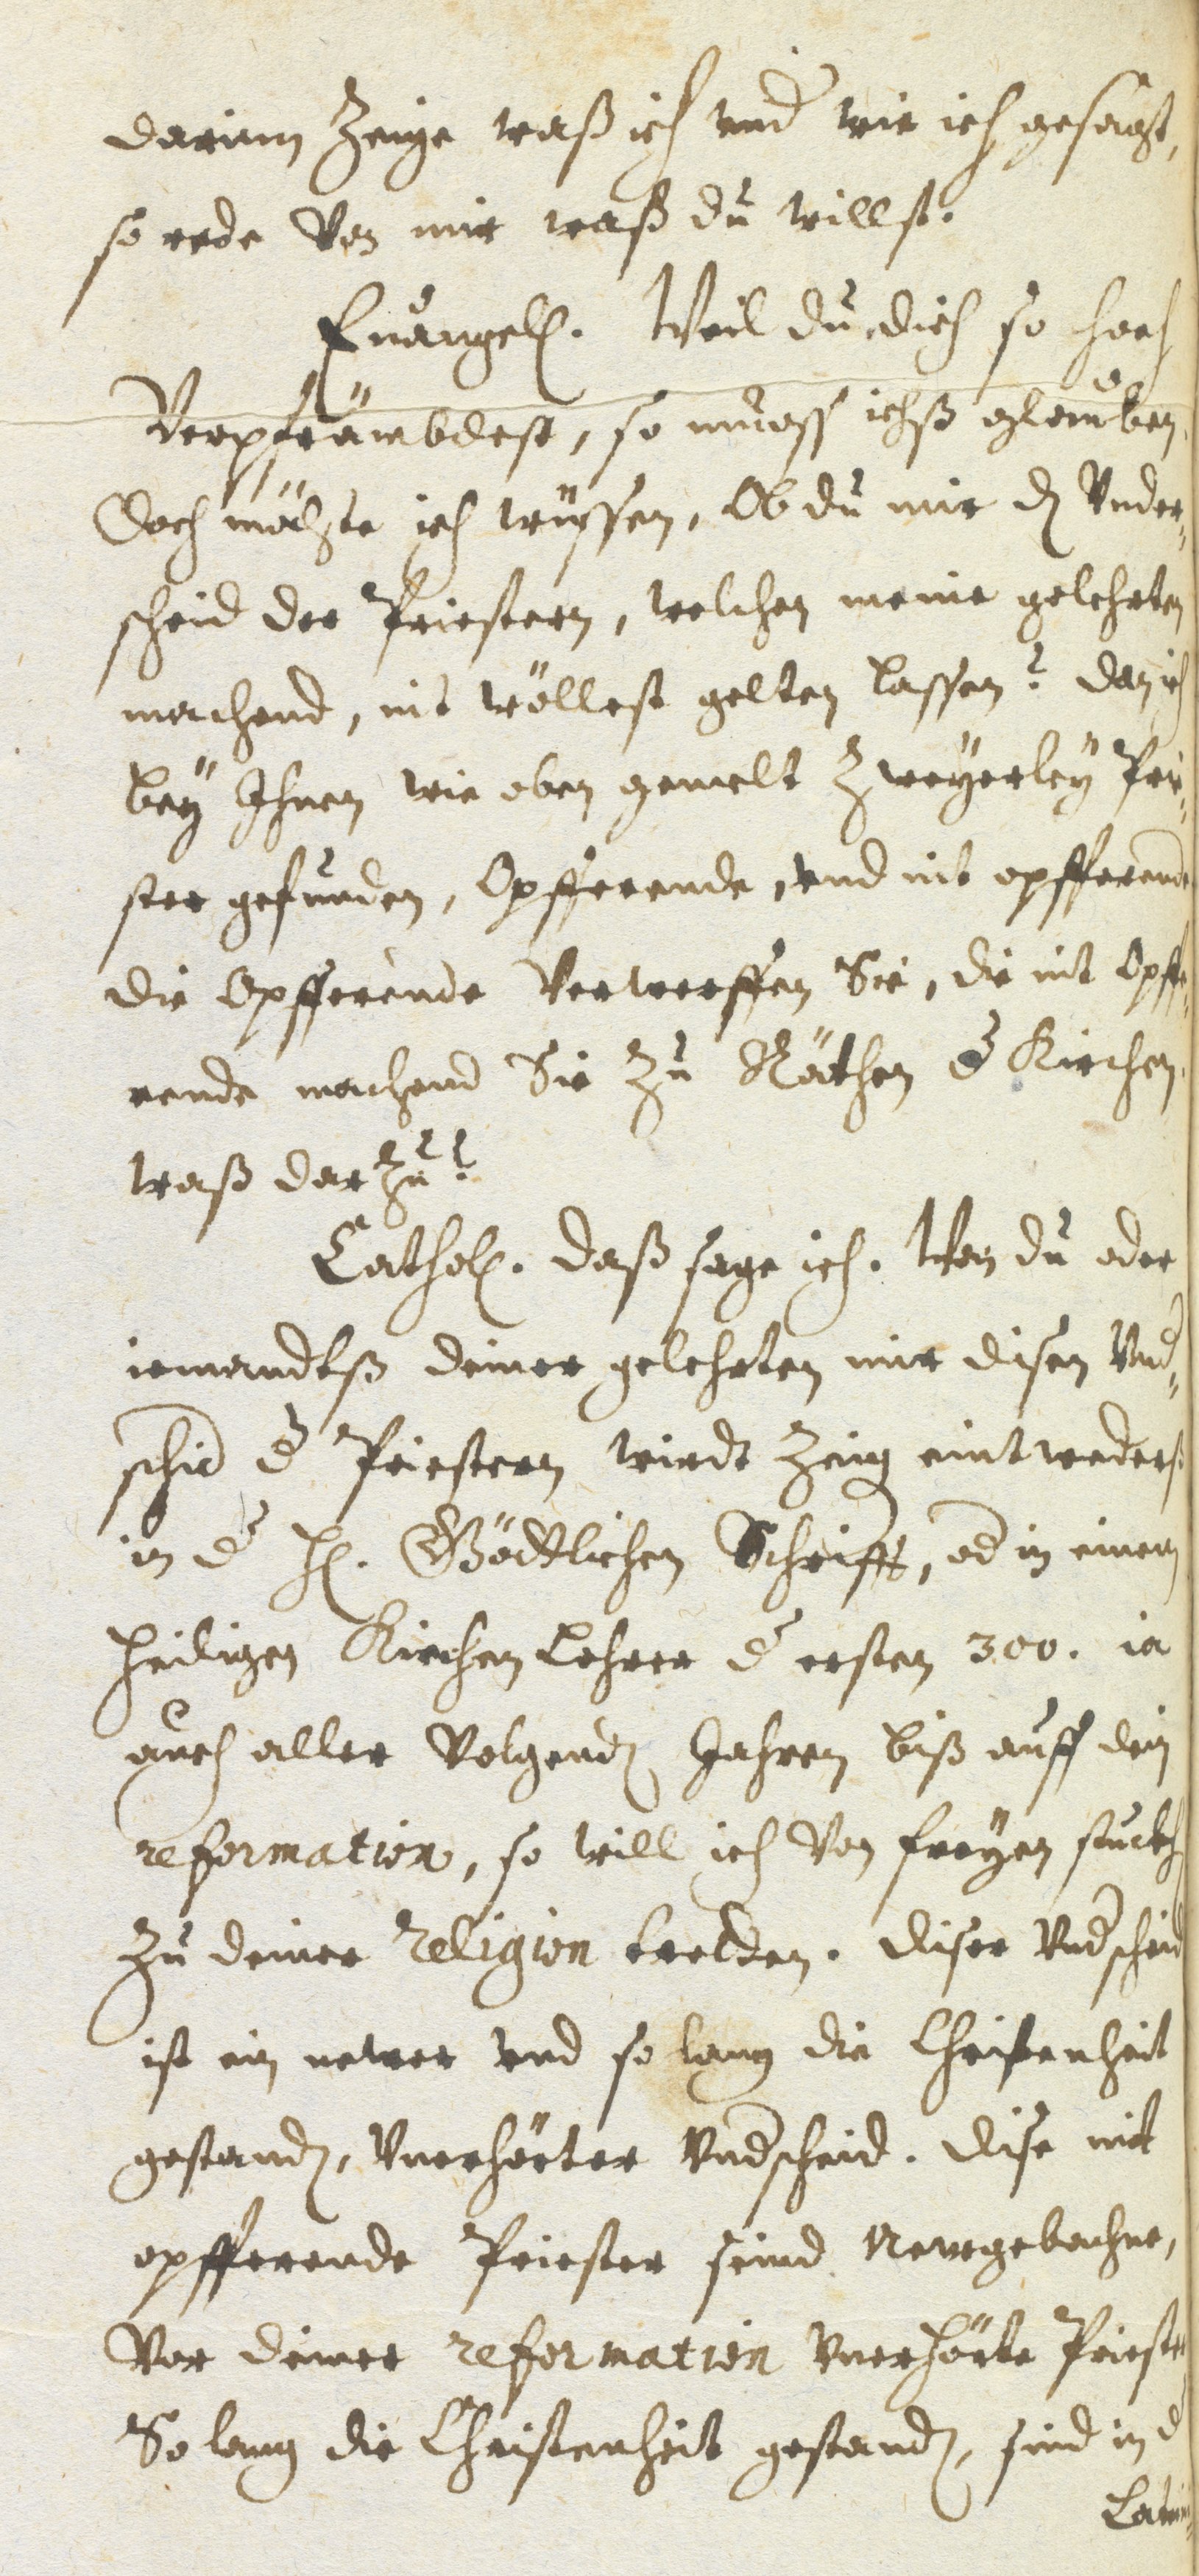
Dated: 1637–1641